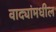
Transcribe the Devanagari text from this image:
वाद्यांमधील